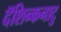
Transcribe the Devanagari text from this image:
दॅशिन्कनाटु